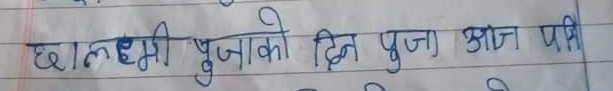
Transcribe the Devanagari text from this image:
छालक्ष्मी पुजाको दिन पुजा आज पनि